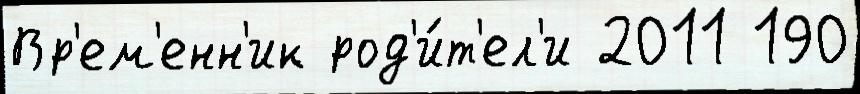
Вр'ем'енн'ик род'и́т'ел'и 2011 190